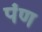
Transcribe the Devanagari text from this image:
पंण